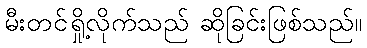
မီးတင်ရှို့လိုက်သည် ဆိုခြင်းဖြစ်သည်။